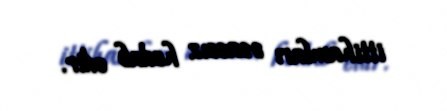
ittihamları əsassız hedab edir.